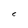
Character: C